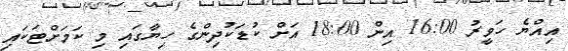
އިއްޔެ ހަވީރު 16:00 އިން 18:00 އަށް ކުޑަކުދިންގެ ހިޔާގައި މި ކަމަށްޓަކައި